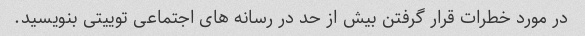
در مورد خطرات قرار گرفتن بیش از حد در رسانه های اجتماعی توییتی بنویسید.